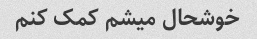
خوشحال میشم کمک کنم